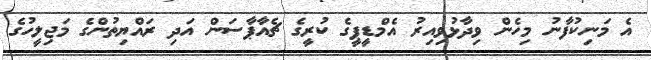
އެ މަނިކުފާނު މިހެން ވިދާޅުވިއިރު އެމްޑީޕީގެ ކުރީގެ ޗެއާޕާސަން އަދި ރައްޔިތުންގެ މަޖިލީހުގެ